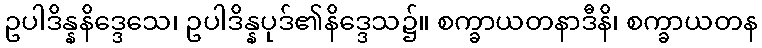
ဥပါဒိန္နနိဒ္ဒေသေ၊ ဥပါဒိန္နပုဒ်၏နိဒ္ဒေသ၌။ စက္ခာယတနာဒီနိ၊ စက္ခာယတန